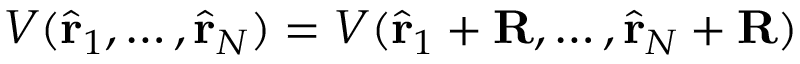
V ( \hat { \mathbf { r } } _ { 1 } , \hdots , \hat { \mathbf { r } } _ { N } ) = V ( \hat { \mathbf { r } } _ { 1 } + \mathbf { R } , \hdots , \hat { \mathbf { r } } _ { N } + \mathbf { R } )